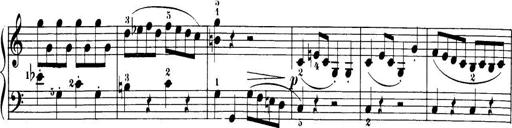
Title: 32 Sonatinas and Rondos for the Piano
Composer: Richard Kleinmichel